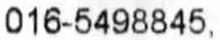
016-5498845,